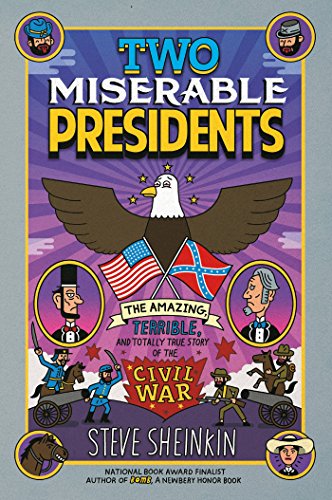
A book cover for Two Miserable Presidents: Everything Your Schoolbooks Didn't Tell You About the Civil War; Steve Sheinkin; Children's Books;